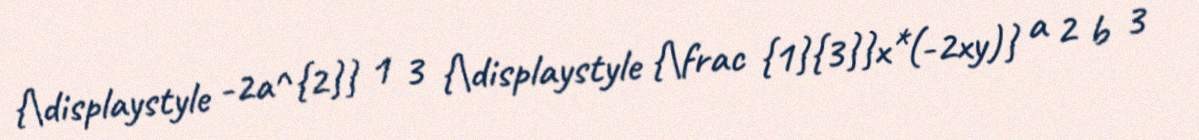
{\displaystyle -2a^{2}} 1 3 {\displaystyle {\frac {1}{3}}x*(-2xy)} a 2 b 3